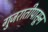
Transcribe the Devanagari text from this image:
गुजरातीपासून